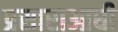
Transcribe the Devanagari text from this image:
प्रसाराआधी